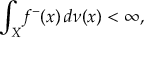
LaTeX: \int _ { X } \! f ^ { - } ( x ) \, d \nu ( x ) < \infty ,